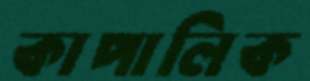
কাপালিক